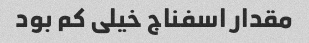
مقدار اسفناج خیلی کم بود